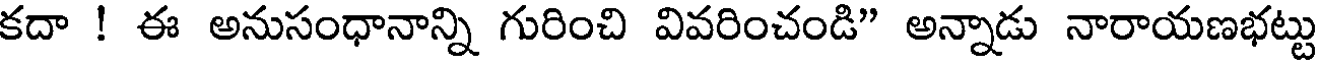
కదా ! ఈ అనుసంధానాన్ని గురించి వివరించండి" అన్నాడు నారాయణభట్టు